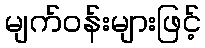
မျက်ဝန်းများဖြင့်